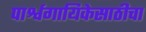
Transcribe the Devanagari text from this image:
पार्श्वगायिकेसाठीचा